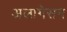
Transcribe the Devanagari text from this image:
अलागेसन